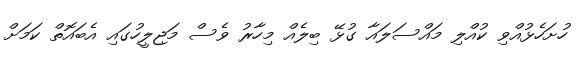
ހުށަހެޅުއްވި ކުއްލި މައްސަލައާ ގުޅޭ ބިލެއް މިހާރު ވެސް މަޖިލީހުގައި އެބައޮތް ކަމަށް